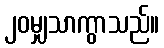
၂၀မျှသာကွာသည်။